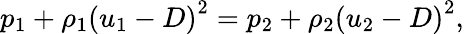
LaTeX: p_{1}+\rho_{1}\left(u_{1}-D\right)^{2}=p_{2}+\rho_{2}\left(u_{2}-D\right)^{2},